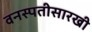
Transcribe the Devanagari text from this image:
वनस्पतीसारखी